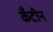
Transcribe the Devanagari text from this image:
कँटीन